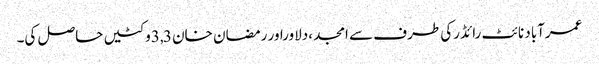
عمرآباد نائٹ رائڈرکی طرف سے امجد ،دلاوراور رمضان خان 3,3وکٹیں حاصل کی۔